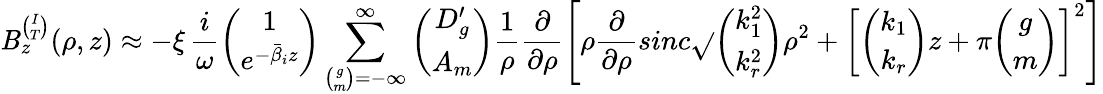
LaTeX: \mathit{B}_{z}^{\binom{I}{T}}(\rho,z)\approx-\xi\, \frac{{i}}{{\omega}}{\binom{1}{e^{-\bar{{\beta}}_{i}z}}}\sum_{{\binom{g}{m}}=-\infty}^{\infty}{\binom{D_{g}^{\prime}}{A_{m}}}\frac{{1}}{{\rho}}\frac{{\partial}}{{\partial\rho}}\left[\rho\frac{{\partial}}{{\partial\rho}}sinc\sqrt{}{{{\binom{k_{1}^{2}}{k_{r}^{2}}}\rho^{2}+\left[{\binom{k_{1}}{k_{r}}}z+\pi{\binom{g}{m}}\right]^{2}}}\right]